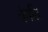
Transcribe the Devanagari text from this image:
चंपति